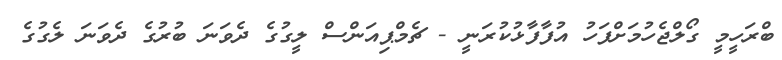
ބްރަހީމީ ގޯލްޖެހުމަށްފަހު އުފާފާޅުކުރަނީ - ޗެމްޕިއަންސް ލީގުގެ ދެވަނަ ބުރުގެ ދެވަނަ ލެގުގެ